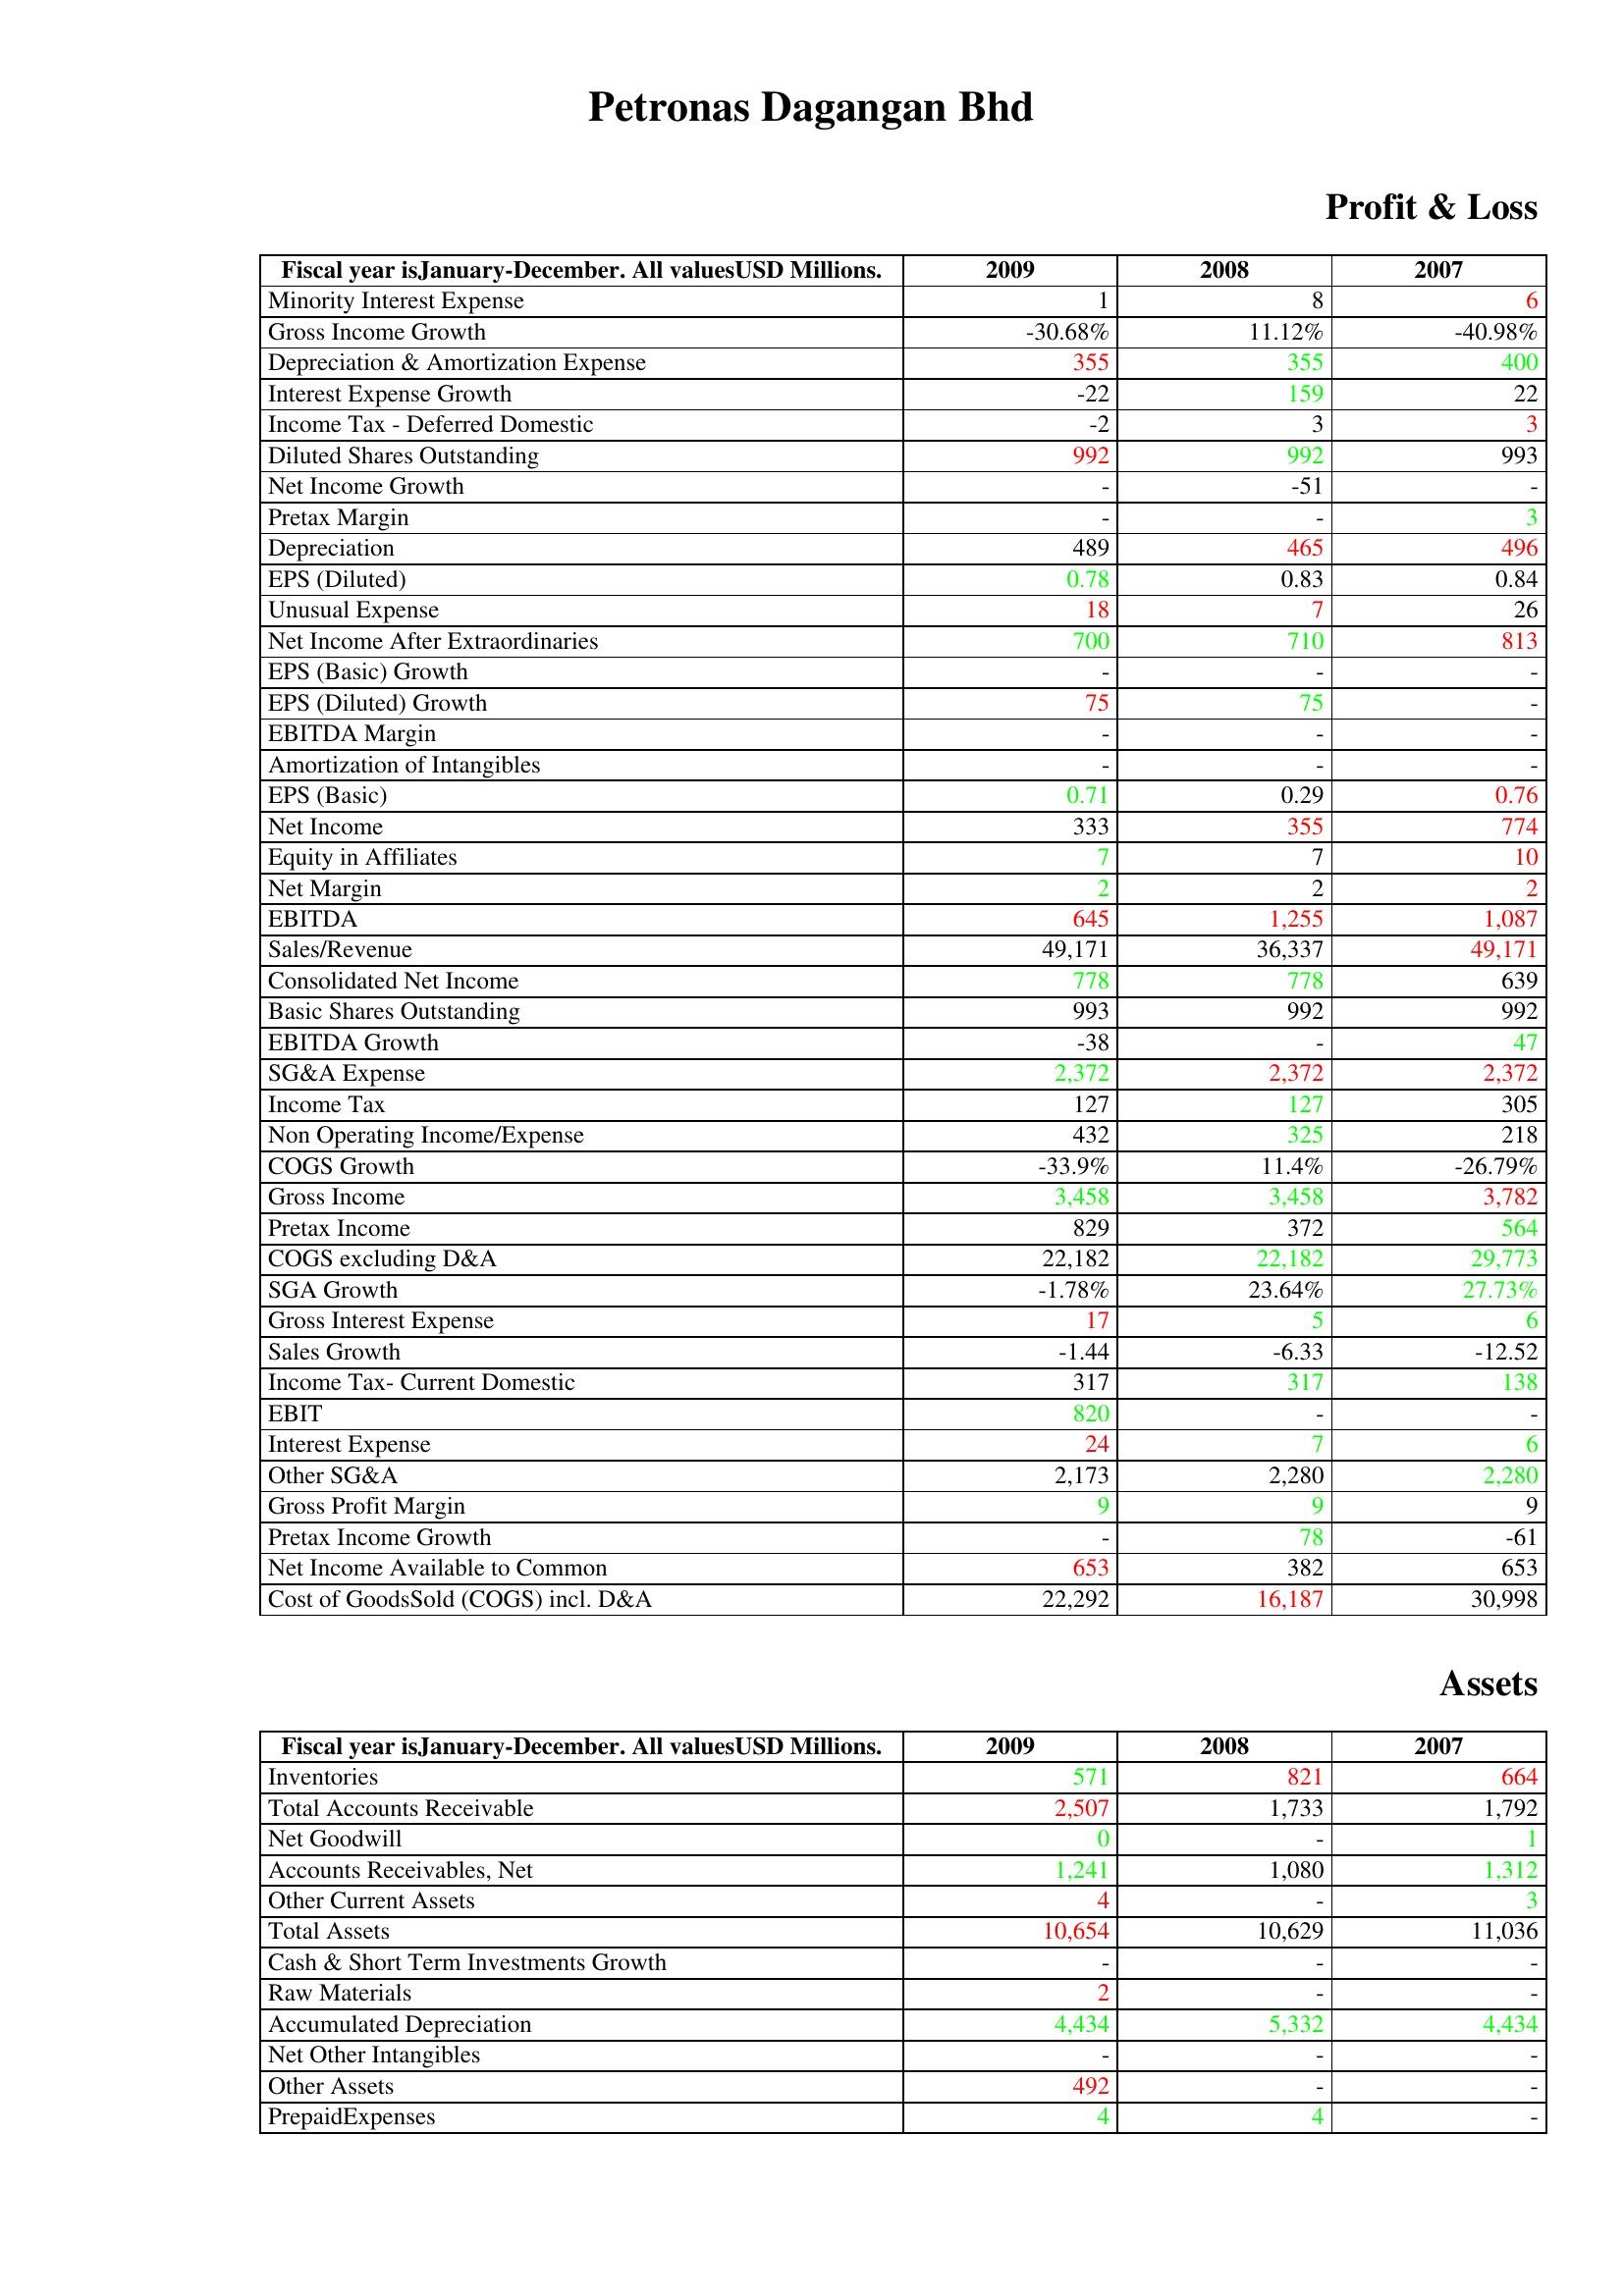
gt_parse: 2009: Profit & Loss: Minority Interest Expense: 1
Gross Income Growth: -30.68%
Depreciation & Amortization Expense: 355
Interest Expense Growth: -22
Income Tax - Deferred Domestic: -2
Diluted Shares Outstanding: 992
Net Income Growth: -
Pretax Margin: -
Depreciation: 489
EPS (Diluted): 0.78
Unusual Expense: 18
Net Income After Extraordinaries: 700
EPS (Basic) Growth: -
EPS (Diluted) Growth: 75
EBITDA Margin: -
Amortization of Intangibles: -
EPS (Basic): 0.71
Net Income: 333
Equity in Affiliates: 7
Net Margin: 2
EBITDA: 645
Sales/Revenue: 49,171
Consolidated Net Income: 778
Basic Shares Outstanding: 993
EBITDA Growth: -38
SG&A Expense: 2,372
Income Tax: 127
Non Operating Income/Expense: 432
COGS Growth: -33.9%
Gross Income: 3,458
Pretax Income: 829
COGS excluding D&A: 22,182
SGA Growth: -1.78%
Gross Interest Expense: 17
Sales Growth: -1.44
Income Tax- Current Domestic: 317
EBIT: 820
Interest Expense: 24
Other SG&A: 2,173
Gross Profit Margin: 9
Pretax Income Growth: -
Net Income Available to Common: 653
Cost of GoodsSold (COGS) incl. D&A: 22,292
Assets: Inventories: 571
Total Accounts Receivable: 2,507
Net Goodwill: 0
Accounts Receivables, Net: 1,241
Other Current Assets: 4
Total Assets: 10,654
Cash & Short Term Investments Growth: -
Raw Materials: 2
Accumulated Depreciation: 4,434
Net Other Intangibles: -
Other Assets: 492
PrepaidExpenses: 4
2008: Profit & Loss: Minority Interest Expense: 8
Gross Income Growth: 11.12%
Depreciation & Amortization Expense: 355
Interest Expense Growth: 159
Income Tax - Deferred Domestic: 3
Diluted Shares Outstanding: 992
Net Income Growth: -51
Pretax Margin: -
Depreciation: 465
EPS (Diluted): 0.83
Unusual Expense: 7
Net Income After Extraordinaries: 710
EPS (Basic) Growth: -
EPS (Diluted) Growth: 75
EBITDA Margin: -
Amortization of Intangibles: -
EPS (Basic): 0.29
Net Income: 355
Equity in Affiliates: 7
Net Margin: 2
EBITDA: 1,255
Sales/Revenue: 36,337
Consolidated Net Income: 778
Basic Shares Outstanding: 992
EBITDA Growth: -
SG&A Expense: 2,372
Income Tax: 127
Non Operating Income/Expense: 325
COGS Growth: 11.4%
Gross Income: 3,458
Pretax Income: 372
COGS excluding D&A: 22,182
SGA Growth: 23.64%
Gross Interest Expense: 5
Sales Growth: -6.33
Income Tax- Current Domestic: 317
EBIT: -
Interest Expense: 7
Other SG&A: 2,280
Gross Profit Margin: 9
Pretax Income Growth: 78
Net Income Available to Common: 382
Cost of GoodsSold (COGS) incl. D&A: 16,187
Assets: Inventories: 821
Total Accounts Receivable: 1,733
Net Goodwill: -
Accounts Receivables, Net: 1,080
Other Current Assets: -
Total Assets: 10,629
Cash & Short Term Investments Growth: -
Raw Materials: -
Accumulated Depreciation: 5,332
Net Other Intangibles: -
Other Assets: -
PrepaidExpenses: 4
2007: Profit & Loss: Minority Interest Expense: 6
Gross Income Growth: -40.98%
Depreciation & Amortization Expense: 400
Interest Expense Growth: 22
Income Tax - Deferred Domestic: 3
Diluted Shares Outstanding: 993
Net Income Growth: -
Pretax Margin: 3
Depreciation: 496
EPS (Diluted): 0.84
Unusual Expense: 26
Net Income After Extraordinaries: 813
EPS (Basic) Growth: -
EPS (Diluted) Growth: -
EBITDA Margin: -
Amortization of Intangibles: -
EPS (Basic): 0.76
Net Income: 774
Equity in Affiliates: 10
Net Margin: 2
EBITDA: 1,087
Sales/Revenue: 49,171
Consolidated Net Income: 639
Basic Shares Outstanding: 992
EBITDA Growth: 47
SG&A Expense: 2,372
Income Tax: 305
Non Operating Income/Expense: 218
COGS Growth: -26.79%
Gross Income: 3,782
Pretax Income: 564
COGS excluding D&A: 29,773
SGA Growth: 27.73%
Gross Interest Expense: 6
Sales Growth: -12.52
Income Tax- Current Domestic: 138
EBIT: -
Interest Expense: 6
Other SG&A: 2,280
Gross Profit Margin: 9
Pretax Income Growth: -61
Net Income Available to Common: 653
Cost of GoodsSold (COGS) incl. D&A: 30,998
Assets: Inventories: 664
Total Accounts Receivable: 1,792
Net Goodwill: 1
Accounts Receivables, Net: 1,312
Other Current Assets: 3
Total Assets: 11,036
Cash & Short Term Investments Growth: -
Raw Materials: -
Accumulated Depreciation: 4,434
Net Other Intangibles: -
Other Assets: -
PrepaidExpenses: -